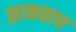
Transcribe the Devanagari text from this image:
झाकताच